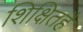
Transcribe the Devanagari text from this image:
शिक्षितहै